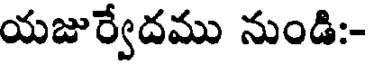
యజుర్వేదము నుండి:-